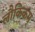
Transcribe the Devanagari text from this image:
लौकिकम्